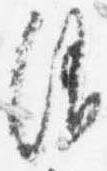
消